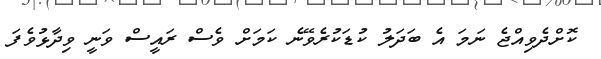
ކޮށްދެވިއްޖެ ނަމަ އެ ބަދަލު ކުޑަކުރެވޭނެ ކަމަށް ވެސް ރައީސް ވަނީ ވިދާޅުވެފަ